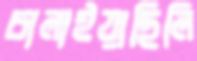
চালাইয়াছিলি